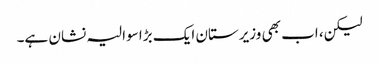
لیکن، اب بھی وزیرستان ایک بڑا سوالیہ نشان ہے۔